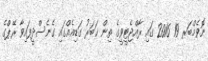
ނޮވެމްބަރ 19 2016 ގައި ރާއްޖެޓީވީގެ ތިން ޚަބަރު ގަޑިއެއްގައި ގެނެސްދީފައިވާ ރޭޕްގެ